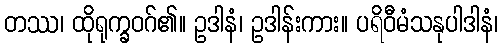
တဿ၊ ထိုရုက္ခဝဂ်၏။ ဥဒါနံ၊ ဥဒါန်းကား။ ပရိဝီမံသနုပါဒါနံ၊